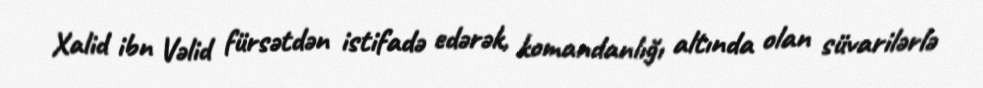
Xalid ibn Vəlid fürsətdən istifadə edərək, komandanlığı altında olan süvarilərlə